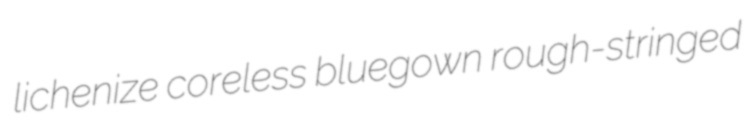
lichenize coreless bluegown rough-stringed